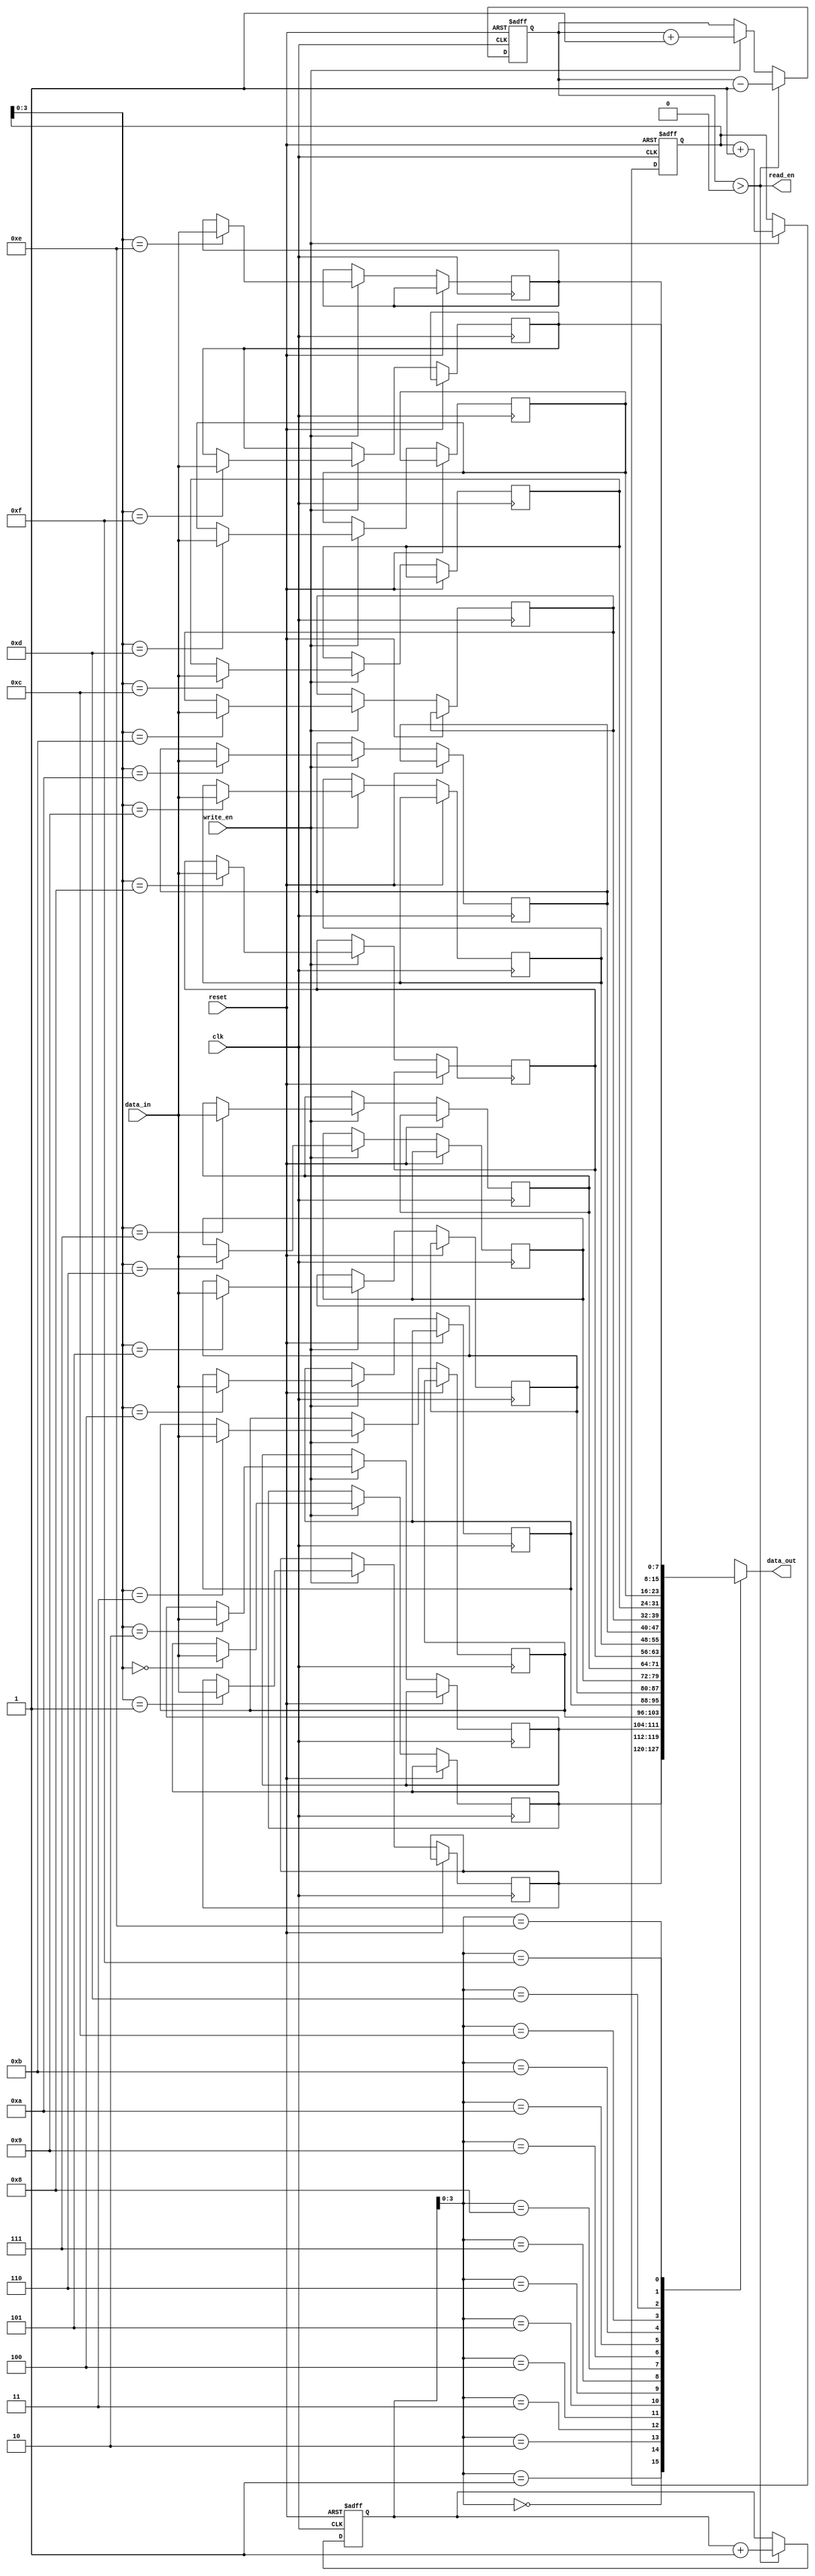
module LastWordFallThroughFIFO (
  input wire clk,
  input wire reset,
  input wire write_en,
  input wire [DATA_WIDTH-1:0] data_in,
  output wire read_en,
  output wire [DATA_WIDTH-1:0] data_out
);

parameter DEPTH = 16;
parameter DATA_WIDTH = 8;

reg [DATA_WIDTH-1:0] buffer [DEPTH-1:0];
reg [4:0] write_ptr;
reg [4:0] read_ptr;
reg [4:0] count;

always @(posedge clk or posedge reset) begin
  if (reset) begin
    write_ptr <= 5'b0;
    read_ptr <= 5'b0;
    count <= 5'b0;
  end else begin
    if (write_en) begin
      buffer[write_ptr] <= data_in;
      write_ptr <= write_ptr + 5'b1;
      count <= count + 5'b1;
    end
    if (read_en) begin
      read_ptr <= read_ptr + 5'b1;
      count <= count - 5'b1;
    end
  end
end

assign read_en = (count > 5'b0);
assign data_out = buffer[read_ptr];

endmodule